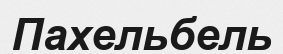
Пахельбель